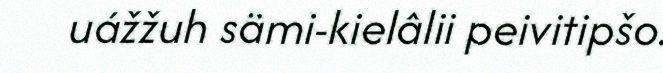
uážžuh sämi-kielâlii peivitipšo.